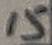
Text: 15